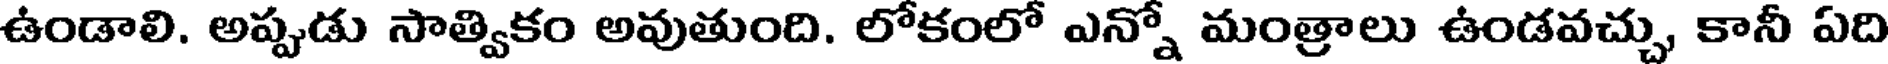
ఉండాలి. అప్పుడు సాత్వికం అవుతుంది. లోకంలో ఎన్నో మంత్రాలు ఉండవచ్చు, కానీ ఏది